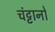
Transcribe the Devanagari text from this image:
चंट्टानों